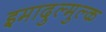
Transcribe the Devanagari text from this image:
इमादुल्मुल्क